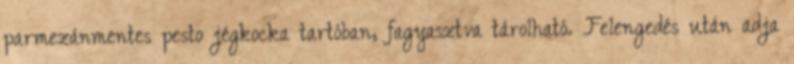
parmezánmentes pesto jégkocka tartóban, fagyasztva tárolható. Felengedés után adja